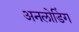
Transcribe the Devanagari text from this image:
अनलोडिंग